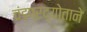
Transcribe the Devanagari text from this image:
चंडप्रद्योताने